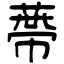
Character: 蔕